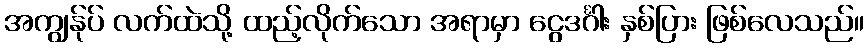
အကျွန်ုပ် လက်ထဲသို့ ထည့်လိုက်သော အရာမှာ ငွေဒင်္ဂါး နှစ်ပြား ဖြစ်လေသည်။